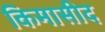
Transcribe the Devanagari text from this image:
किमासीद